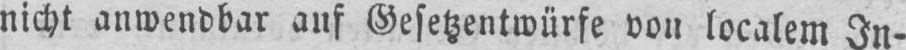
localem In-